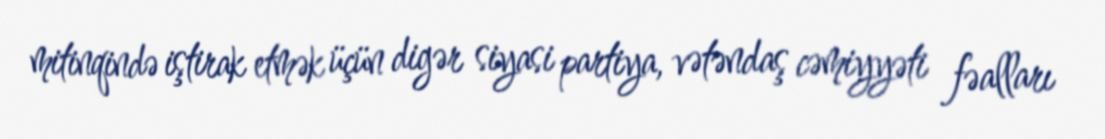
mitinqində iştirak etmək üçün digər siyasi partiya, vətəndaş cəmiyyəti fəalları